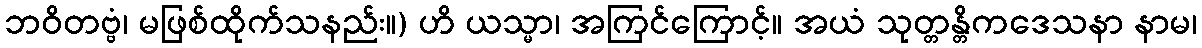
ဘဝိတဗ္ဗံ၊ မဖြစ်ထိုက်သနည်း။) ဟိ ယသ္မာ၊ အကြင်ကြောင့်။ အယံ သုတ္တန္တိကဒေသနာ နာမ၊